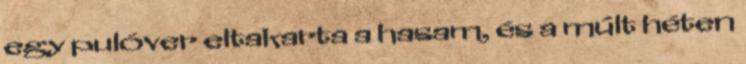
egy pulóver eltakarta a hasam, és a múlt héten